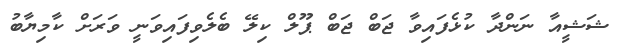
ޝަޝީއާ ނަންދާ ކުޅެފައިވާ ޖަބް ޖަބް ޕޫލް ކިލޭ ބެލެވިފައިވަނީ ވަރަށް ކާމިޔާބު